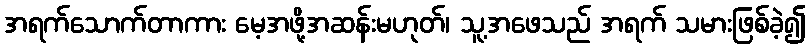
အရက်သောက်တာကား မေ့အဖို့အဆန်းမဟုတ်၊ သူ့အဖေသည် အရက် သမားဖြစ်ခဲ့၍